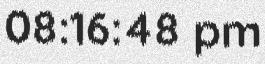
08:16:48 pm